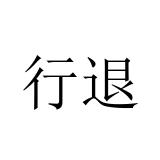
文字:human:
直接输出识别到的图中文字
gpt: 行退